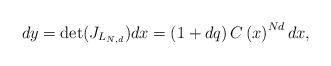
\begin{align*}dy=\det(J_{L_{N,d}})dx=\left( 1+dq\right) C\left( x\right) ^{Nd}dx,\end{align*}